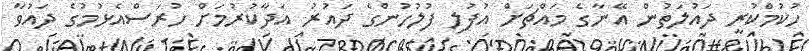
ހުކުމްކުރީ ދައުލަތުން އޭނާގެ މައްޗަަށް އުފުލި ފުލުހުންގެ ދައުރު އަދާކުރުމަށް ހުރަސްއެޅުމުގެ ދައުވާ